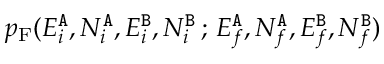
p _ { \mathrm { F } } ( E _ { i } ^ { { \tt A } } , N _ { i } ^ { { \tt A } } , E _ { i } ^ { { \tt B } } , N _ { i } ^ { { \tt B } } \, ; \, E _ { f } ^ { { \tt A } } , N _ { f } ^ { { \tt A } } , E _ { f } ^ { { \tt B } } , N _ { f } ^ { { \tt B } } )